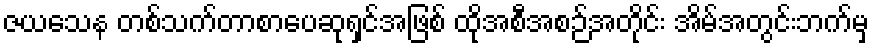
ဇယသေန တစ်သက်တာစာပေဆုရှင်အဖြစ် ထိုအစီအစဉ်အတိုင်း အိမ်အတွင်းဘက်မှ